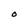
Character: O